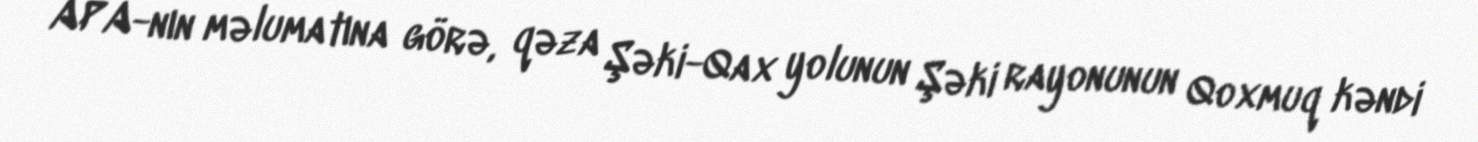
APA-nın məlumatına görə, qəza Şəki-Qax yolunun Şəki rayonunun Qoxmuq kəndi